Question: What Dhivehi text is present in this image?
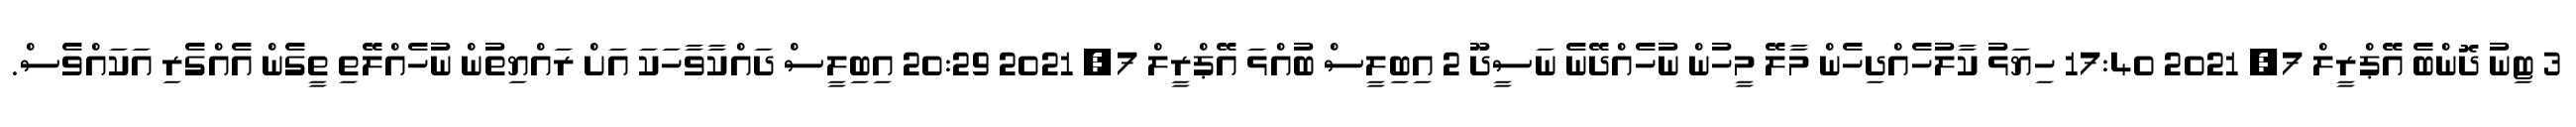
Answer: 3 ޓިނު ދޮންބެ އޭޕްރީލް 7, 2021 17:40 ހިޔަޅު ކާލުހެއްދިހެން މާލޭ މީހުން ނުހެއްދޭނެ ނަސީދޫ 2 އިބިލީސް ބުއްޅަ އޭޕްރީލް 7, 2021 20:29 އިބިލީސް ދައްކާވާހަކަ އަށް ރައްޔިތުން ނުހެއްލޭތި ތީގެން އެއްގެރި އަކައްވެސް.